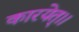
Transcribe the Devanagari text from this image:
कारयेत्।।